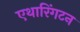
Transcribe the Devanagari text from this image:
एथारिंगटन